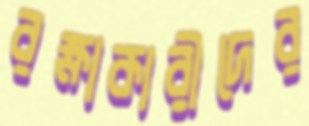
রক্ষাকারীদের